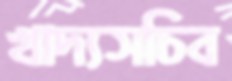
খাদ্যসচিব